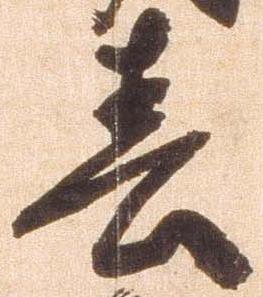
春